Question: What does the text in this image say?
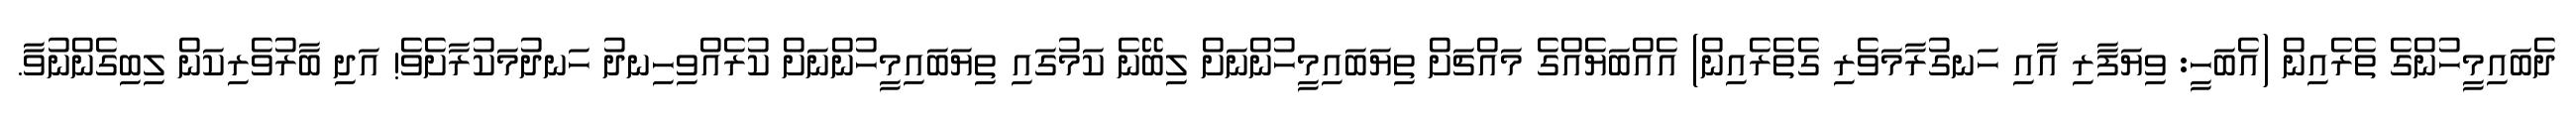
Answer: ދެބައިމީހުންގެ ތެރެއިން (އެބަހީ: ވިޔަފާރި އާއި ހަނގުރާމަވެރި ގެތެރެއިން) އެއްބަޔެއްގެ މައްޗަށް ތިޔަބައިމީހުންނަށް ލިބޭނެ ކަމުގައި ތިޔަބައިމީހުންނަށް ކުރެއްވިހިނދު ހަނދުމަކުރާށެވެ! އަދި ބާރުވެރިކަން ލިބިގެންނުވާ.